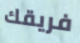
فريقك